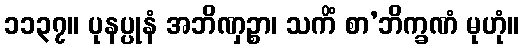
၁၁၃၇။ ပုနပ္ပုနံ အဘိဏှဉ္စာ၊ သကိံ စာ’ဘိက္ခဏံ မုဟုံ။